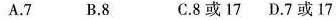
A.7 B.8 C.8或17 D.7或17